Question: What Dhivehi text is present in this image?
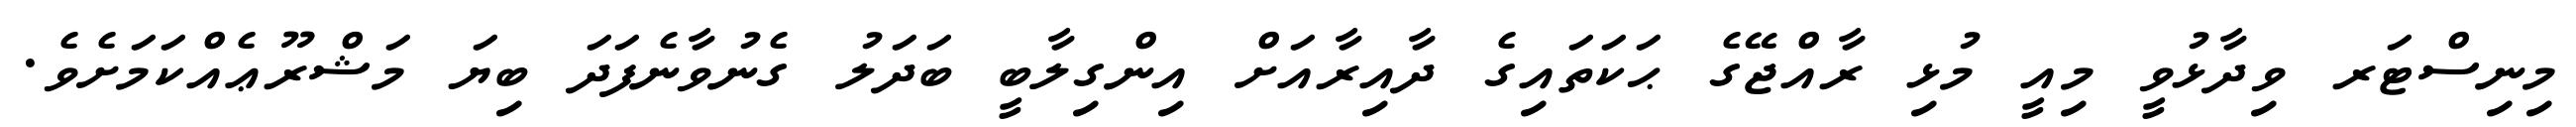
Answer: މިނިސްޓަރ ވިދާޅުވީ މިއީ މުޅި ރާއްޖޭގެ ޙަކަތައިގެ ދާއިރާއަށް އިންގިލާބީ ބަދަލު ގެނުވާނެފަދަ ބިޔަ މަޝްރޫޢެއްކަމަށެވެ.